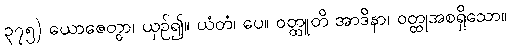
၃၇၅) ယောဇေတွာ၊ ယှဉ်၍။ ယံတံ၊ ပေ။ ဝတ္ထူတိ အာဒိနာ၊ ဝတ္ထုအစရှိသော။